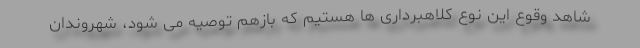
شاهد وقوع این نوع کلاهبرداری ها هستیم که بازهم توصیه می شود، شهروندان